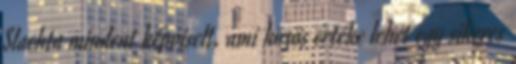
Slachta mindent képviselt, ami közös értéke lehet egy sikeres